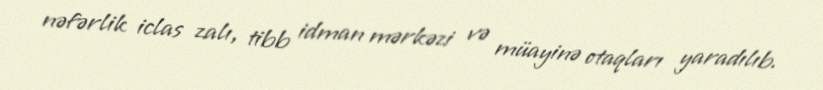
nəfərlik iclas zalı, tibb idman mərkəzi və müayinə otaqları yaradılıb.